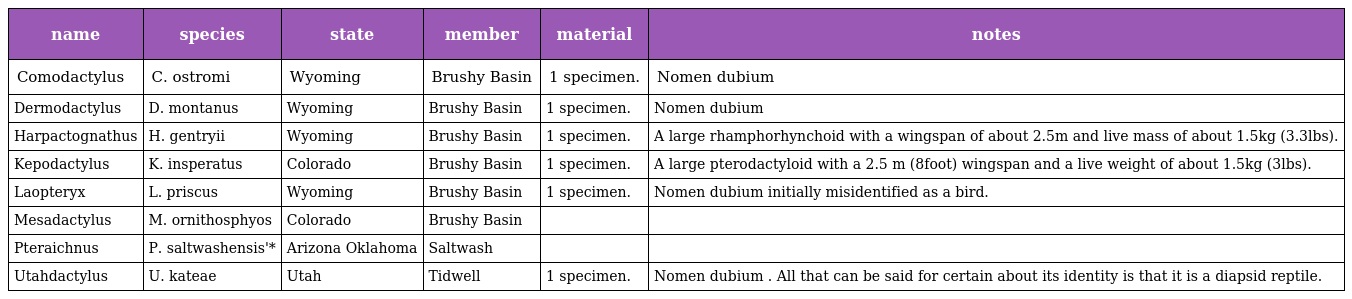
| name | species | state | member | material | notes |
 | --- | --- | --- | --- | --- | --- |
 | Comodactylus | C. ostromi | Wyoming | Brushy Basin | 1 specimen. | Nomen dubium |
 | Dermodactylus | D. montanus | Wyoming | Brushy Basin | 1 specimen. | Nomen dubium |
 | Harpactognathus | H. gentryii | Wyoming | Brushy Basin | 1 specimen. | A large rhamphorhynchoid with a wingspan of about 2.5m and live mass of about 1.5kg (3.3lbs). |
 | Kepodactylus | K. insperatus | Colorado | Brushy Basin | 1 specimen. | A large pterodactyloid with a 2.5 m (8foot) wingspan and a live weight of about 1.5kg (3lbs). |
 | Laopteryx | L. priscus | Wyoming | Brushy Basin | 1 specimen. | Nomen dubium initially misidentified as a bird. |
 | Mesadactylus | M. ornithosphyos | Colorado | Brushy Basin |  |  |
 | Pteraichnus | P. saltwashensis'* | Arizona Oklahoma | Saltwash |  |  |
 | Utahdactylus | U. kateae | Utah | Tidwell | 1 specimen. | Nomen dubium . All that can be said for certain about its identity is that it is a diapsid reptile. |